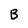
Character: B